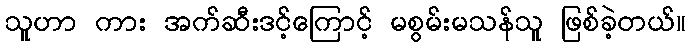
သူဟာ ကား အက်ဆီးဒင့်ကြောင့် မစွမ်းမသန်သူ ဖြစ်ခဲ့တယ်။